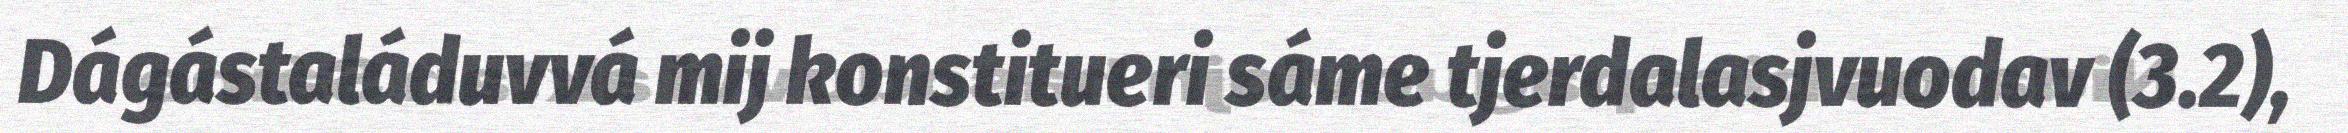
Dágástaláduvvá mij konstitueri sáme tjerdalasjvuodav (3.2),